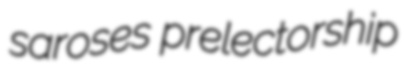
saroses prelectorship